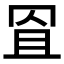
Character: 𦊨